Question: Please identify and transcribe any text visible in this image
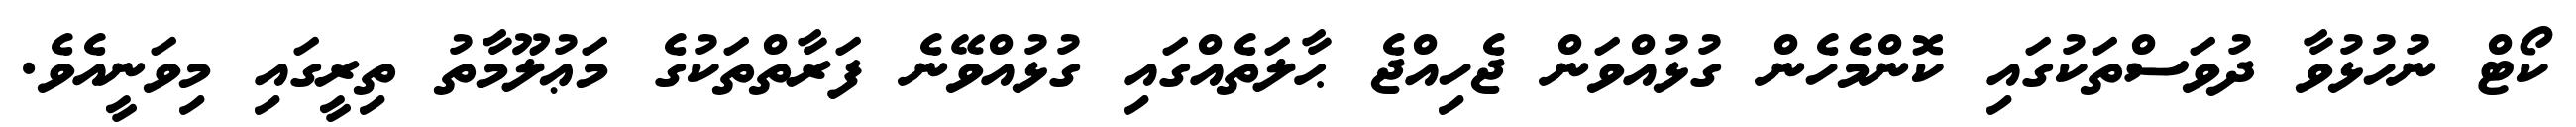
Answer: ކޯޓް ނުހުޅުވާ ދުވަސްތަކުގައި ކޮންމެހެން ގުޅުއްވަން ޖެހިއްޖެ ޙާލަތެއްގައި ގުޅުއްވޭނެ ފަރާތްތަކުގެ މަޢުލޫމާތު ތިރީގައި މިވަނީއެވެ.